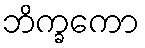
ဘိက္ခကော